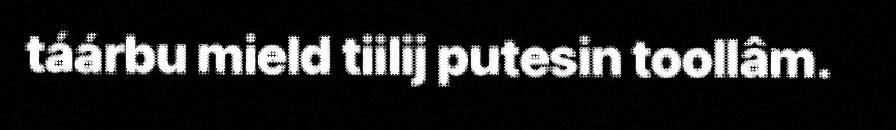
táárbu mield tiilij putesin toollâm.